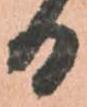
る